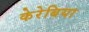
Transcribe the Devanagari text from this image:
केरेबिया